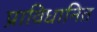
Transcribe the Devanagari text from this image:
प्राविधानित